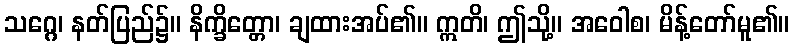
သဂ္ဂေ၊ နတ်ပြည်၌။ နိက္ခိတ္တော၊ ချထားအပ်၏။ ဣတိ၊ ဤသို့။ အဝေါစ၊ မိန့်တော်မူ၏။